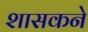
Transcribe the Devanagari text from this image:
शासकने